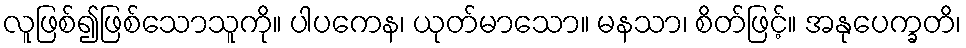
လူဖြစ်၍ဖြစ်သောသူကို။ ပါပကေန၊ ယုတ်မာသော။ မနသာ၊ စိတ်ဖြင့်။ အနုပေက္ခတိ၊